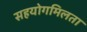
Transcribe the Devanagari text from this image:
सहयोगमिलता